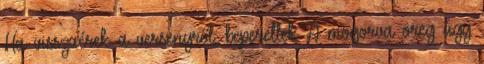
Ha visszaérek a versenyről, beperellek A mogorva öreg úgy